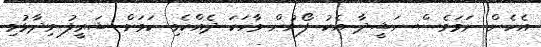
އެހެން ނަމަވެސް ނަޝީދާ އެކު ފޯނުން ވާހަކަ ދެއްކެވި ކަމަށް ޝަރީފު ވިދާޅުވި